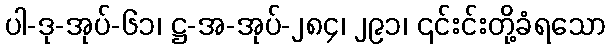
ပါ-ဒု-အုပ်-၆၁၊ ဋ္ဌ-အ-အုပ်-၂၈၄၊ ၂၉၁၊ ၎င်းင်းတို့ခံရသော